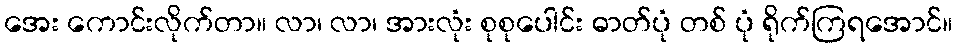
အေး ကောင်းလိုက်တာ။ လာ၊ လာ၊ အားလုံး စုစုပေါင်း ဓာတ်ပုံ တစ် ပုံ ရိုက်ကြရအောင်။